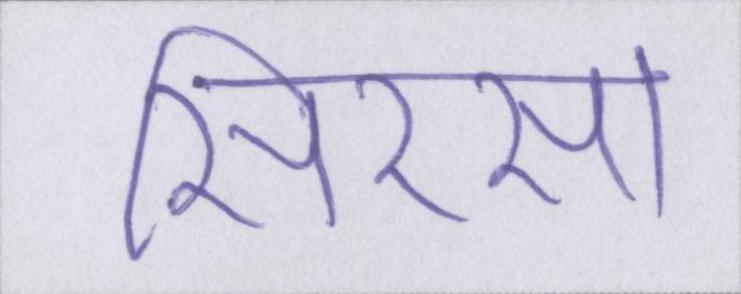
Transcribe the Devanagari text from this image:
सिरसा